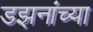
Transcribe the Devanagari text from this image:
डझनांच्या